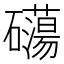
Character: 𥗔